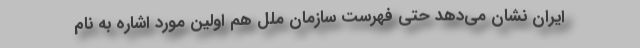
ایران نشان می‌دهد حتی فهرست سازمان ملل هم اولین مورد اشاره به نام